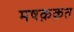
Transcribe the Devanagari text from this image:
मषक़क़त